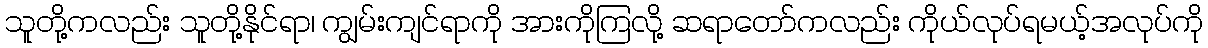
သူတို့ကလည်း သူတို့နိုင်ရာ၊ ကျွမ်းကျင်ရာကို အားကိုကြလို့ ဆရာတော်ကလည်း ကိုယ်လုပ်ရမယ့်အလုပ်ကို